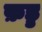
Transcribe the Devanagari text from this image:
फ़ड्ड